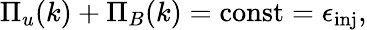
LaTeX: \Pi_{u}(k)+\Pi_{B}(k)=\mathrm{const}=\epsilon_{\mathrm{inj}},